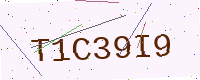
Text: T1C39I9